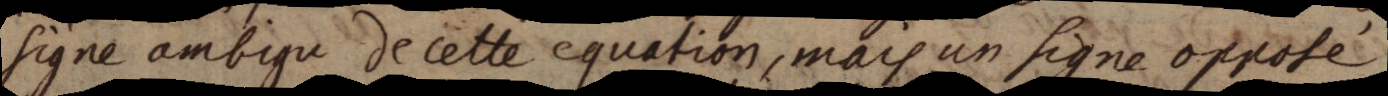
signe ambigu de cette equation, mais un signe opposé